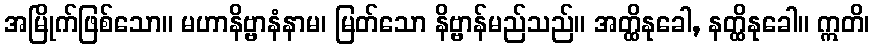
အမြိုက်ဖြစ်သော။ မဟာနိဗ္ဗာနံနာမ၊ မြတ်သော နိဗ္ဗာန်မည်သည်။ အတ္ထိနုခေါ, နတ္ထိနုခေါ။ ဣတိ၊